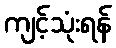
ကျင့်သုံးရန်